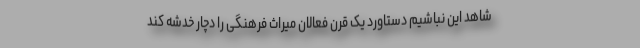
شاهد این نباشیم دستاورد یک قرنِ فعالان میراث فرهنگی را دچار خدشه کند